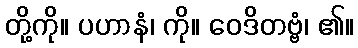
တို့ကို။ ပဟာနံ၊ ကို။ ဝေဒိတဗ္ဗံ၊ ၏။